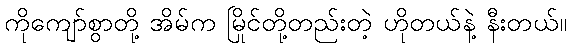
ကိုကျော်စွာတို့ အိမ်က မြိုင်တို့တည်းတဲ့ ဟိုတယ်နဲ့ နီးတယ်။